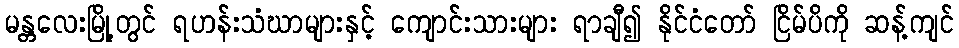
မန္တလေးမြို့တွင် ရဟန်းသံဃာများနှင့် ကျောင်းသားများ ရာချီ၍ နိုင်ငံတော် ငြိမ်ပိကို ဆန့်ကျင်